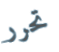
تحرر